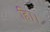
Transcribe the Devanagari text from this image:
हि।।